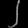
Digit: ၂